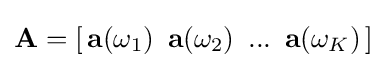
\mathbf {A} =[\,\mathbf {a} (\omega _{1})\,\ \mathbf {a} (\omega _{2})\,\ ...\,\ \mathbf {a} (\omega _{K})\,]